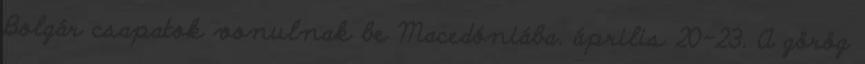
Bolgár csapatok vonulnak be Macedóniába. április 20-23. A görög